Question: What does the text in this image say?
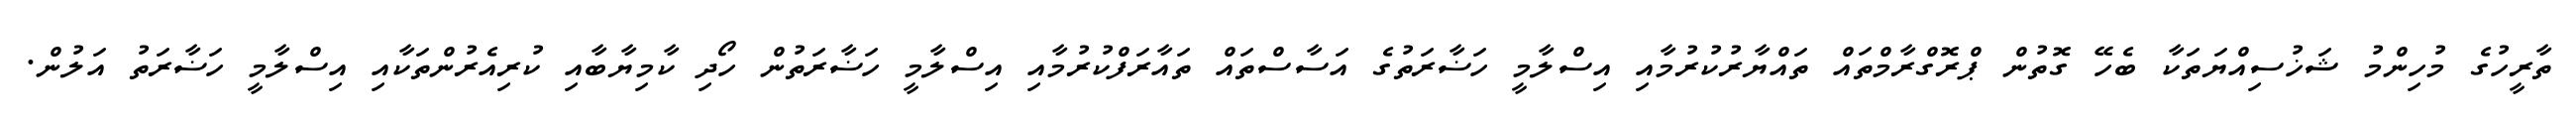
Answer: ތާރީހުގެ މުހިންމު ޝަޚުސިއްޔަތަކާ ބެހޭ ގޮތުން ޕްރޮގްރާމްތައް ތައްޔާރުކުރުމާއި އިސްލާމީ ހަޟާރަތުގެ އަސާސްތައް ތައާރަފްކުރުމާއި އިސްލާމީ ހަޟާރަތުން ހޯދި ކާމިޔާބާއި ކުރިއެރުންތަކާއި އިސްލާމީ ހަޟާރަތު އަލުން.